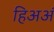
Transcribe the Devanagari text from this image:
हिअअं